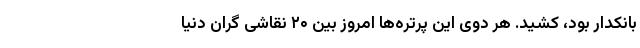
بانکدار بود، کشید. هر دوی این پرتره‌ها امروز بین ۲۰ نقاشی گران دنیا